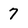
Character: 7